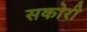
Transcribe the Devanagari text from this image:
सकोरी